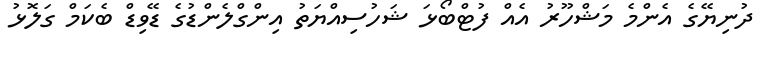
ދުނިޔޭގެ އެންމެ މަޝްހޫރު އެއް ފުޓްބޯޅަ ޝަހުސިއްޔަތު އިންގްލެންޑުގެ ޑޭވިޑް ބެކަމް ގަލޮޅު